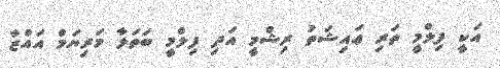
އަކީ ފިލްމީ ތަރި ޢައިޝަތު ރިޝްމީ އަދި ފިލްމީ ބަތަލާ މަރިޔަމް އައްޒާ